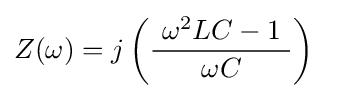
Z(\omega )=j\left({\frac {\ \omega ^{2}LC-1\ }{\omega C}}\right)~